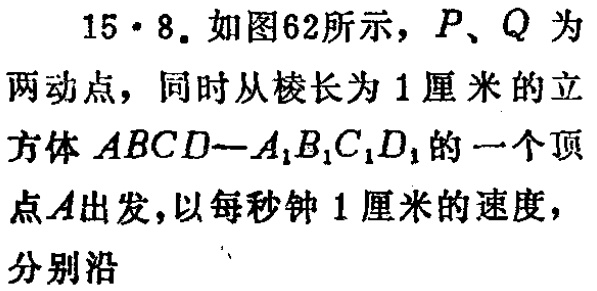
15·8. 如图62所示，\(P\)、\(Q\) 为两动点，同时从棱长为 \(1\) 厘米的立方体 \(ABCD - A_{1}B_{1}C_{1}D_{1}\) 的一个顶点 \(A\) 出发，以每秒钟 \(1\) 厘米的速度，分别沿